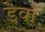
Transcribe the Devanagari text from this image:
डेवॉ